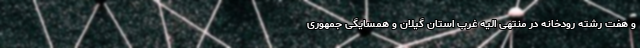
و هفت رشته رودخانه در منتهی الیه غرب استان گیلان و همسایگی جمهوری